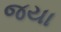
જયા